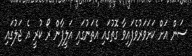
ސަން އަށް ކަށަވަރުވެފައިވާ ގޮތުގައި އެތަނުގައި އަލީފާން ރޯ ކުރީ އެ ޖަލުގައި